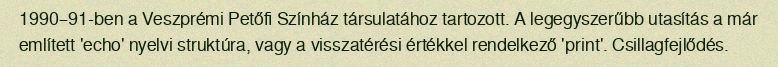
1990–91-ben a Veszprémi Petőfi Színház társulatához tartozott. A legegyszerűbb utasítás a már említett 'echo' nyelvi struktúra, vagy a visszatérési értékkel rendelkező 'print'. Csillagfejlődés.